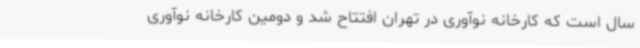
سال است که کارخانه نوآوری در تهران افتتاح شد و دومین کارخانه نوآوری